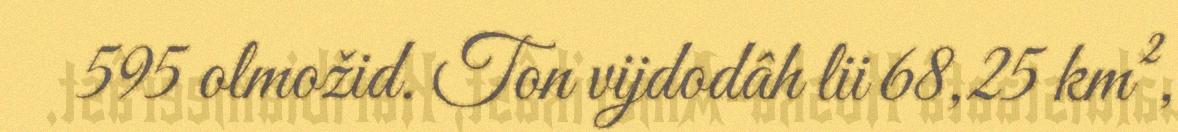
595 olmožid. Ton vijdodâh lii 68,25 km²,